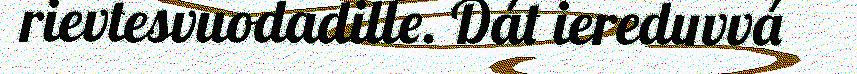
rievtesvuodadille. Dát iereduvvá